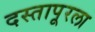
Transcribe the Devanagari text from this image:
दस्तापूरला